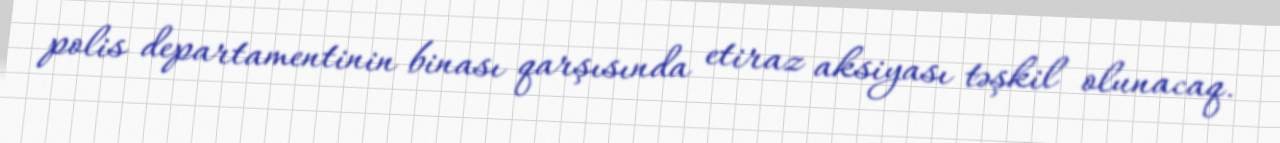
polis departamentinin binası qarşısında etiraz aksiyası təşkil olunacaq.